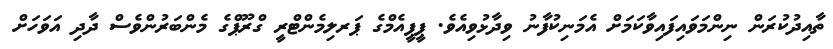
ތާއިދުކުރަން ނިންމަވައިފައިވާކަމަށް އެމަނިކުފާނު ވިދާޅުވިއެވެ. ޕީޕީއެމްގެ ޕަރލިމެންޓްރީ ގްރޫޕްގެ މެންބަރުންވެސް ދާދި އަވަހަށް